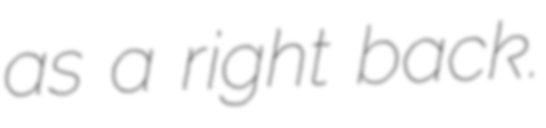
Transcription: as a right back.